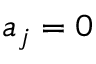
a _ { j } = 0